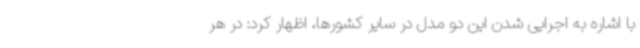
با اشاره به اجرایی شدن این دو مدل در سایر کشورها، اظهار کرد: در هر